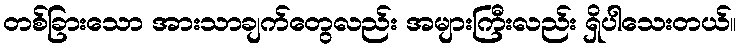
တစ်ခြားသော အားသာချက်တွေလည်း အများကြီးလည်း ရှိပါသေးတယ်။